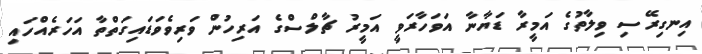
އިނގިރޭސި ވިލާތުގެ އަމީރާ ޑަޔާނާ އަވަހާރަވީ އަމީރު ޗާލްސްގެ އަރިހުން ވަރިވެވަޑައިގަތްތާ އަހަރެއްހައި